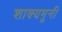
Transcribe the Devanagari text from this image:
शाक्यमूनी